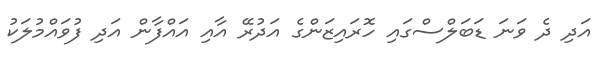
އަދި ދެ ވަނަ ޑަބަލްސްގައި ހޮރައިޒަންގެ އަދުރޭ އާއި އައްފާން އަދި ފުވައްމުލަކު